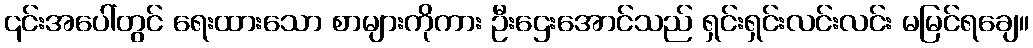
၎င်းအပေါ်တွင် ရေးထားသော စာများကိုကား ဦးဌေးအောင်သည် ရှင်းရှင်းလင်းလင်း မမြင်ရချေ။